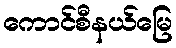
ကောင်စီနယ်မြေ